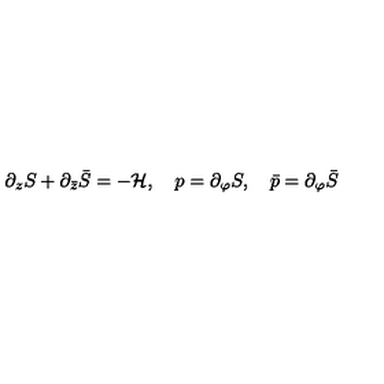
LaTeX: \partial _ { z } S + \partial _ { \bar { z } } \bar { S } = - { \cal H } , \quad p = \partial _ { \varphi } S , \quad \bar { p } = \partial _ { \varphi } \bar { S }